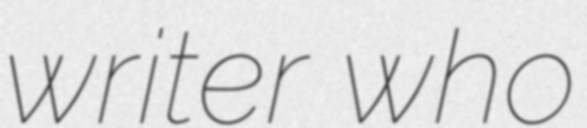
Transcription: writer who